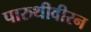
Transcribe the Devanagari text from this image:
पारुथीवीरन